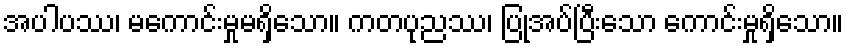
အပါပဿ၊ မကောင်းမှုမရှိသော။ ကတပုညဿ၊ ပြုအပ်ပြီးသော ကောင်းမှုရှိသော။